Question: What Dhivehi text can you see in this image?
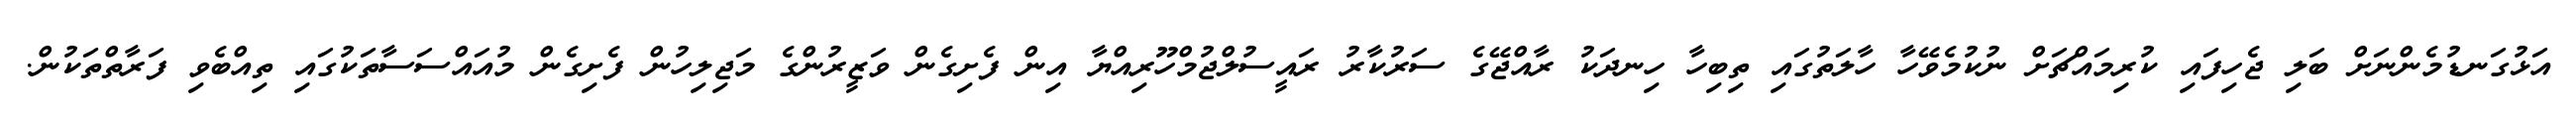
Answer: އަޅުގަނޑުމެންނަށް ބަލި ޖެހިފައި ކުރިމައްޗަށް ނުކުމެވޭހާ ހާލަތުގައި ތިބިހާ ހިނދަކު ރާއްޖޭގެ ސަރުކާރު ރައީސުލްޖުމްހޫރިއްޔާ އިން ފެށިގެން ވަޒީރުންގެ މަޖިލިހުން ފެށިގެން މުއައްސަސާތަކުގައި ތިއްބެވި ފަރާތްތަކުން.